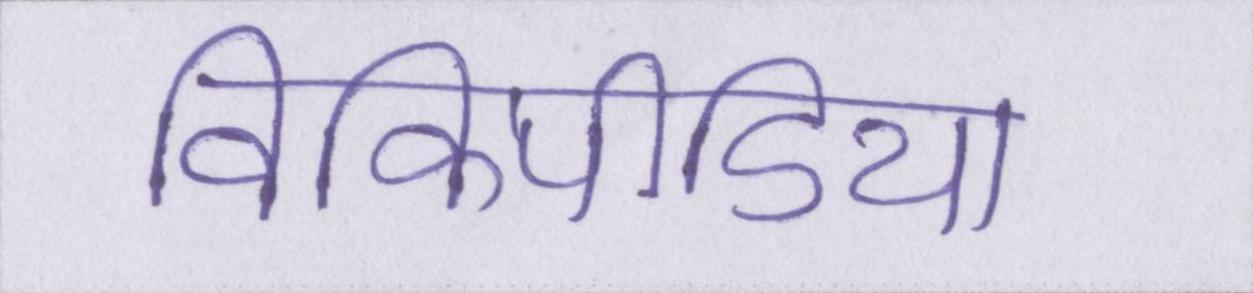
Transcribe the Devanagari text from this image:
विकिपीडिया